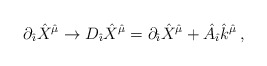
\begin{align*}\partial_{\hat \imath}{\hat X}^{\hat \mu}\rightarrow D_{\hat \imath}{\hat X}^{\hat \mu}=\partial_{\hat \imath}{\hat X}^{\hat \mu}+{\hat A}_{\hat \imath}{\hat k}^{\hat \mu}\, ,\end{align*}